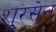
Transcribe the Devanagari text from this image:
शुरसेन